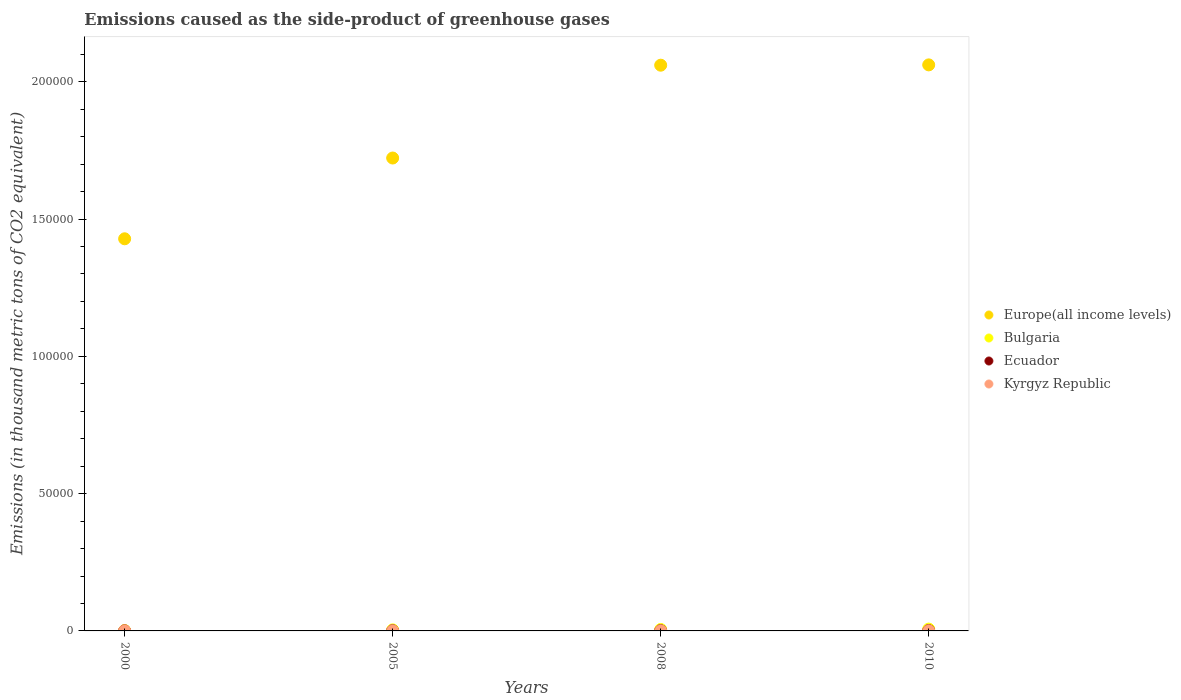
| Years | Europe(all income levels) | Bulgaria | Ecuador | Kyrgyz Republic |
 | --- | --- | --- | --- | --- |
 | 2000 | 1.43e+05 | 122 | 19.7 | 7.9 |
 | 2005 | 1.72e+05 | 380 | 62.2 | 24 |
 | 2008 | 2.06e+05 | 526 | 86.7 | 34.8 |
 | 2010 | 2.06e+05 | 666 | 104 | 42 |